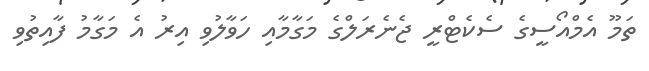
ތަމޫ އެމްއޯސީގެ ސެކެޓްރީ ޖެނެރަލްގެ މަގާމާއި ހަވާލުވި އިރު އެ މަގާމު ފާއިތުވި